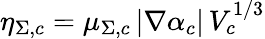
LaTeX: \eta_{\Sigma,c}=\mu_{\Sigma,c}\, |\nabla\alpha_{c}|\, V_{c}^{1/3}